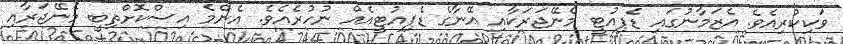
ވަކިކުރިއެވެ. އެޒަމާނުގައި ޑެޕިއުޓީ މެނޭޖަރަކާއި އޭނާގެ ޑެޕިއުޓީއެއް ނުހުރެއެވެ. އެންމެ އިސްކޮށްތިބީ މެނޭޖަރާއި